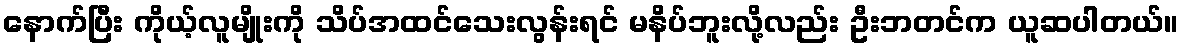
နောက်ပြီး ကိုယ့်လူမျိုးကို သိပ်အထင်သေးလွန်းရင် မနိပ်ဘူးလို့လည်း ဦးဘတင်က ယူဆပါတယ်။